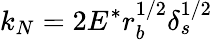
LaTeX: k_{N}=2E^{*}r_{b}^{1/2}\delta_{s}^{1/2}